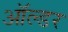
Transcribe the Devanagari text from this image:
ऑल्‍डर